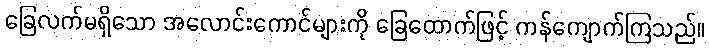
ခြေလက်မရှိသော အလောင်းကောင်များကို ခြေထောက်ဖြင့် ကန်ကျောက်ကြသည်။